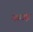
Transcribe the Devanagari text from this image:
पहाढ़